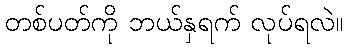
တစ်ပတ်ကို ဘယ်နှရက် လုပ်ရလဲ။